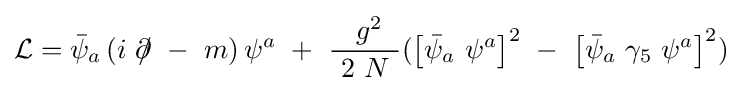
{\mathcal {L}}={\bar {\psi }}_{a}\left(i\ \partial \!\!\!/\ -\ m\right)\psi ^{a}\ +\ {\frac {\ g^{2}}{\ 2\ N\ }}(\left[{\bar {\psi }}_{a}\ \psi ^{a}\right]^{2}\ -\ \left[{\bar {\psi }}_{a}\ \gamma _{5}\ \psi ^{a}\right]^{2})